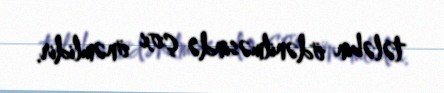
tələbin ödənilməsində çox önəmlidir.